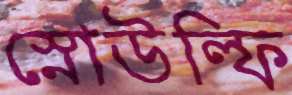
স্নোউল্ফি